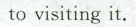
to visiting it.